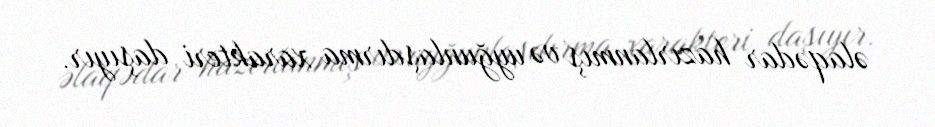
əlaqədar hazırlanmış və uyğunlaşdırma xarakteri daşıyır.